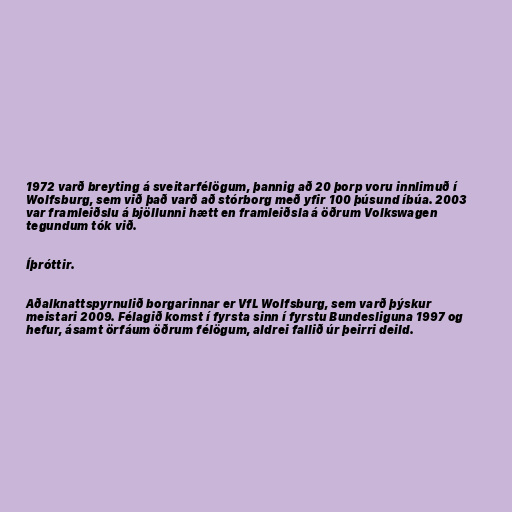
1972 varð breyting á sveitarfélögum, þannig að 20 þorp voru innlimuð í
Wolfsburg, sem við það varð að stórborg með yfir 100 þúsund íbúa. 2003
var framleiðslu á bjöllunni hætt en framleiðsla á öðrum Volkswagen
tegundum tók við.

Íþróttir.

Aðalknattspyrnulið borgarinnar er VfL Wolfsburg, sem varð þýskur
meistari 2009. Félagið komst í fyrsta sinn í fyrstu Bundesliguna 1997 og
hefur, ásamt örfáum öðrum félögum, aldrei fallið úr þeirri deild.